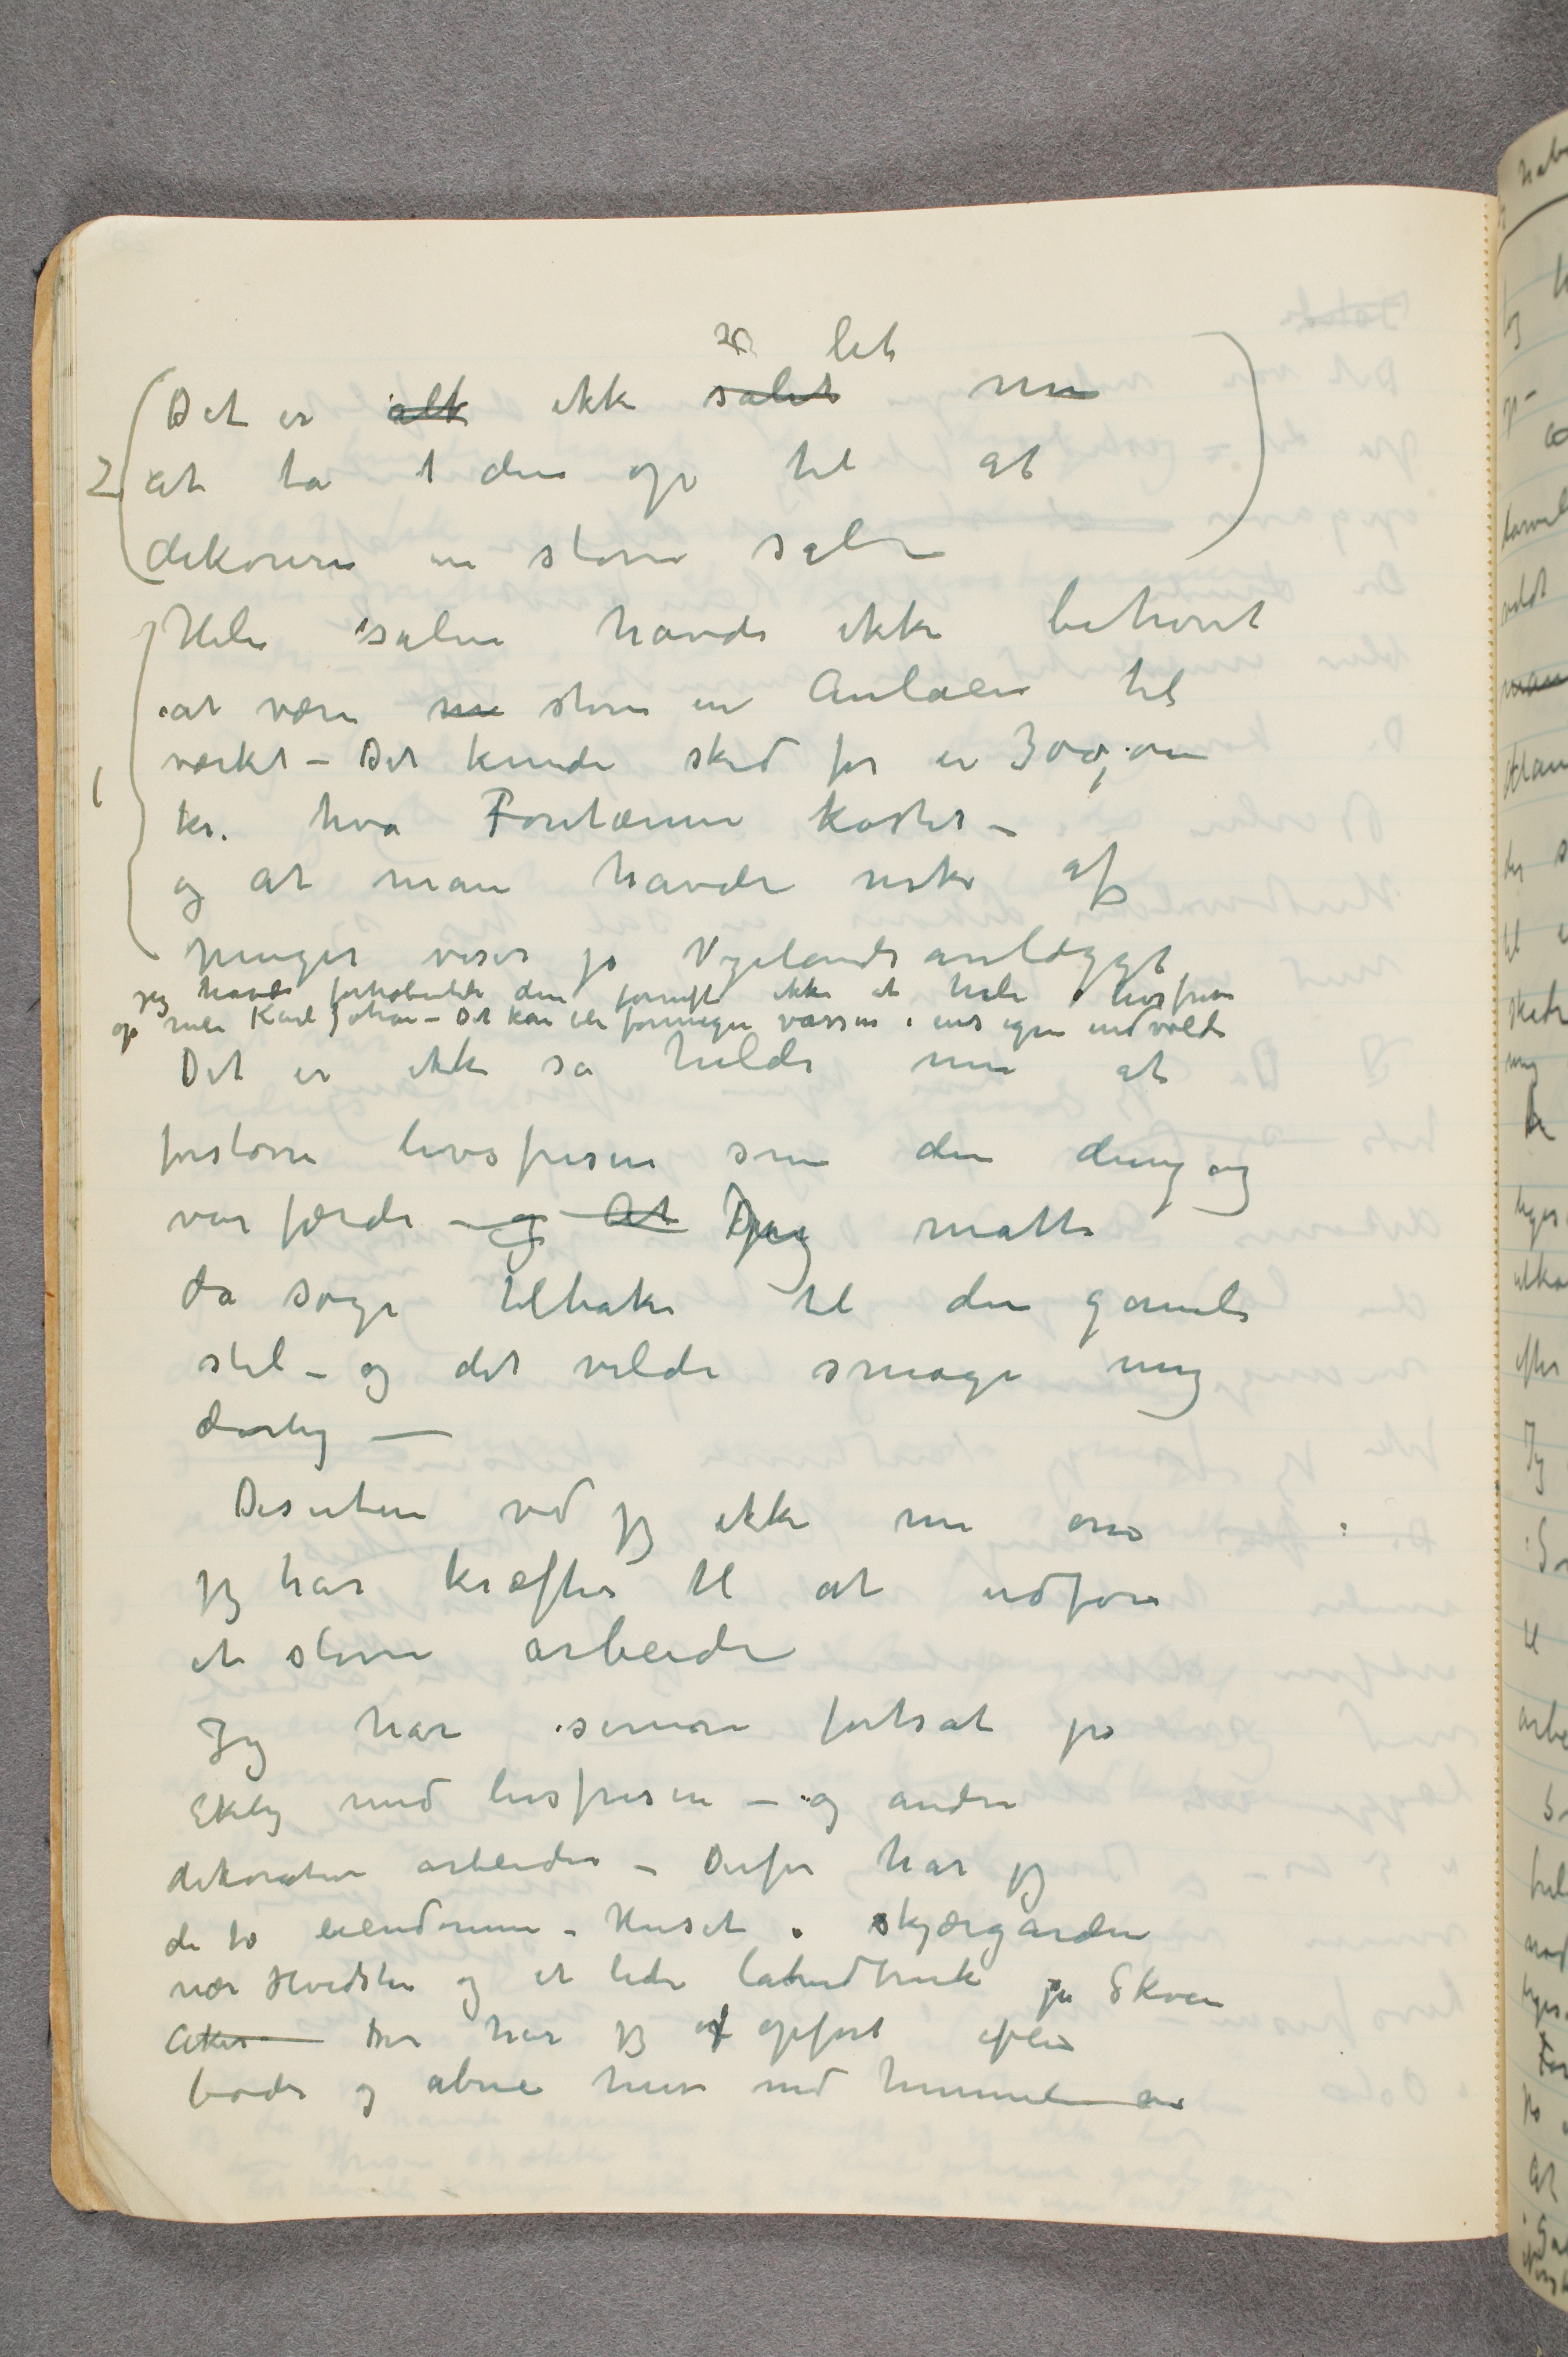
Det er alk ikke såletså let nu
2 at ta  …  den op til at
dekorere en større sal –
Hele salen havde ikke behøvet
at være nu større en Aulaen til
værket – Det kunde sked for en 300,000
kr. hva Fontænen kostet –
og at man havde nok af
penger viser jo Vigelandsanlægget
jeg havde forhåbentli den fornuft ikke at hale livsfrisen
op hele Karl Johan – Det kan bli formegen vassen i ens egne indvolde
 Det er ikke så heldi nu at
forstørre livsfrisen som den dengang
var færdi – og At Jeg måtte
da søge tilbake til den gamle
stil – og det vilde smage mig
dårlig –
Desuten ved jeg ikke nu om
jeg har kræfter til at udføre
et større arbeide
 Jeg har senere fortsat på
Ekely med livsfrisen – og andre
dekorative arbeider – Derfor har jeg
de to eiendommene – Huset i skjærgården
nær Hvidsten og et lide landbruk på Skøien
Aker Der har jeg af opført flere
boder og åbne huse med himmel …